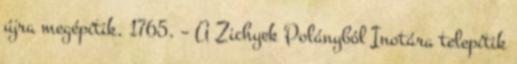
újra megépítik. 1765. – A Zichyek Polányból Inotára telepítik